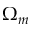
\Omega _ { m }